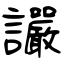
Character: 讝